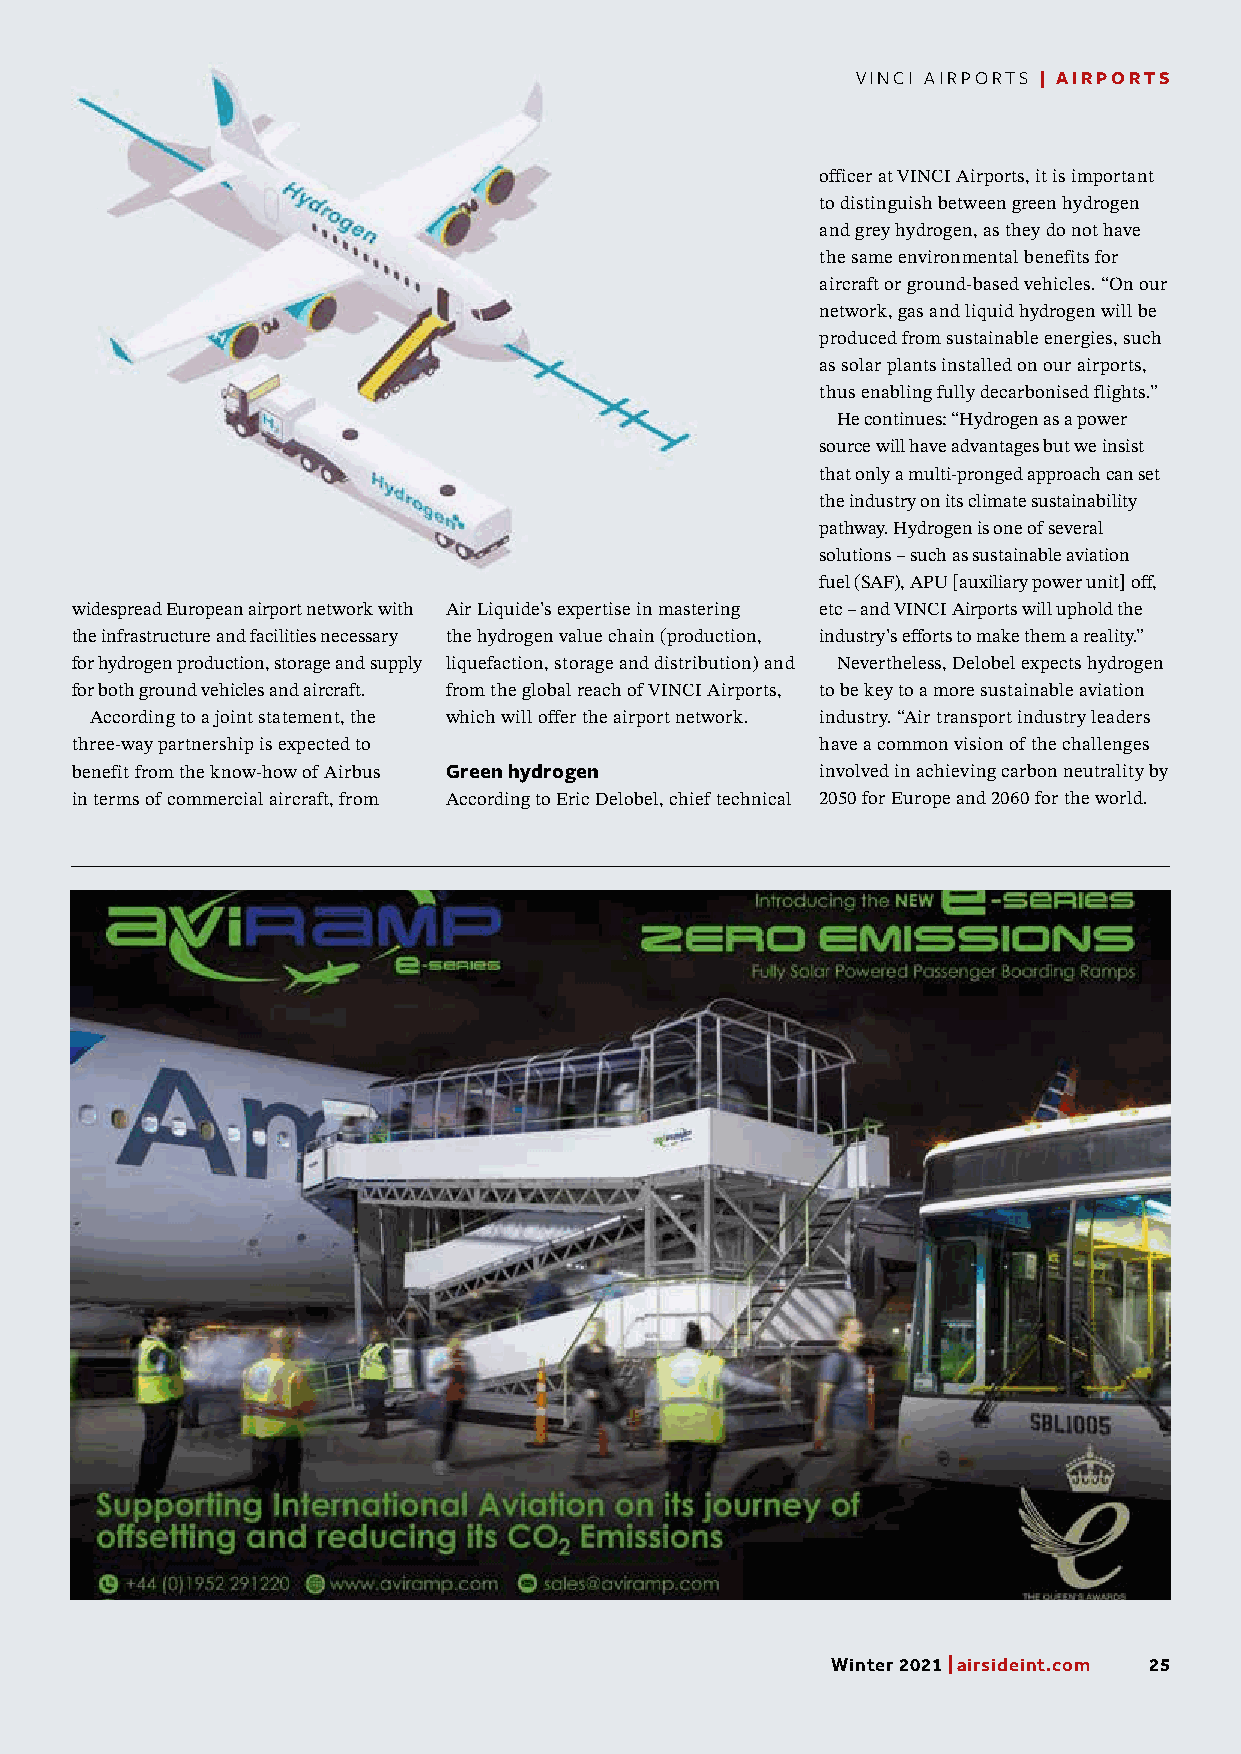
VINCI AIRPORTS | AIRPORTS
 officer at VINCI Airports, it is important
 to distinguish between green hydrogen
 and grey hydrogen, as they do not have
 the same environmental benefits for
 aircraft or ground-based vehicles. “On our
 network, gas and liquid hydrogen will be
 produced from sustainable energies, such
 as solar plants installed on our airports,
 thus enabling fully decarbonised flights.”
 He continues: “Hydrogen as a power
 source will have advantages but we insist
 that only a multi-pronged approach can set
 the industry on its climate sustainability
 pathway. Hydrogen is one of several
 solutions – such as sustainable aviation
 fuel (SAF), APU [auxiliary power unit] off,
 widespread European airport network with Air Liquide’s expertise in mastering etc – and VINCI Airports will uphold the
 the infrastructure and facilities necessary the hydrogen value chain (production, industry’s efforts to make them a reality.”
 for hydrogen production, storage and supply liquefaction, storage and distribution) and Nevertheless, Delobel expects hydrogen
 for both ground vehicles and aircraft. from the global reach of VINCI Airports, to be key to a more sustainable aviation
 According to a joint statement, the which will offer the airport network. industry. “Air transport industry leaders
 three-way partnership is expected to             have a common vision of the challenges
 benefit from the know-how of Airbus Green hydrogen involved in achieving carbon neutrality by
 in terms of commercial aircraft, from According to Eric Delobel, chief technical 2050 for Europe and 2060 for the world.
 Winter 2021 | airsideint.com 25